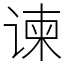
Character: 谏